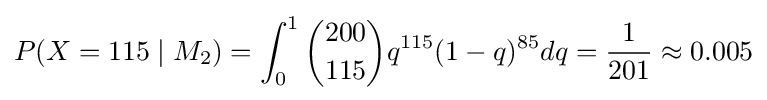
P(X=115\mid M_{2})=\int _{0}^{1}{200 \choose 115}q^{115}(1-q)^{85}dq={1 \over 201}\approx 0.005